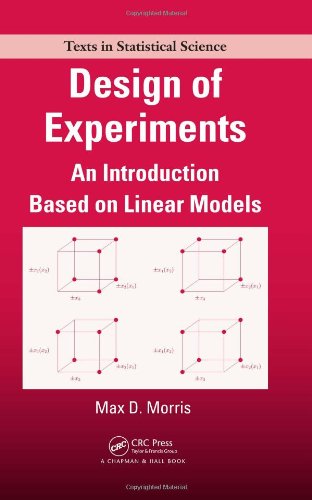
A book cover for Design of Experiments: An Introduction Based on Linear Models (Chapman & Hall/CRC Texts in Statistical Science); Max Morris; Science & Math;